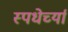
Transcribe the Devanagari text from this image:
स्पधेर्च्या